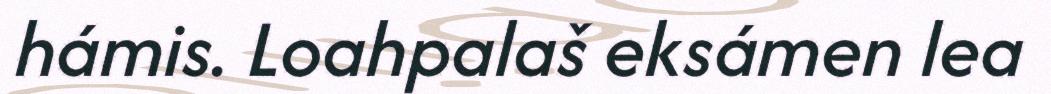
hámis. Loahpalaš eksámen lea